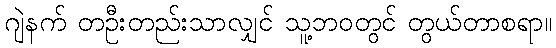
ဂျဲနက် တဦးတည်းသာလျှင် သူ့ဘဝတွင် တွယ်တာစရာ။